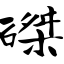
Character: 磔